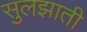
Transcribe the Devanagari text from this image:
सुलझाती